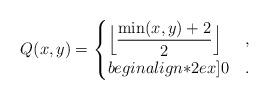
LaTeX: \begin{align*} Q(x,y)=\begin{cases} \displaystyle\Big\lfloor\frac{\min(x,y)+2}2\Big\rfloor&,\\begin{align*}2ex] 0&. \end{cases}\end{align*}